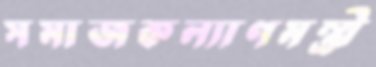
সমাজকল্যাণমন্ত্রী